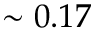
\sim 0 . 1 7